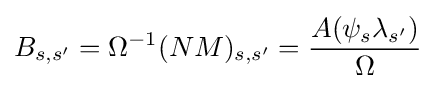
B_{s,s'}=\Omega ^{-1}(NM)_{s,s'}={A(\psi _{s}\lambda _{s'}) \over \Omega }